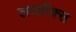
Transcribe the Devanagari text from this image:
लालॉक्स